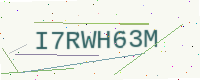
Text: I7RWH63M